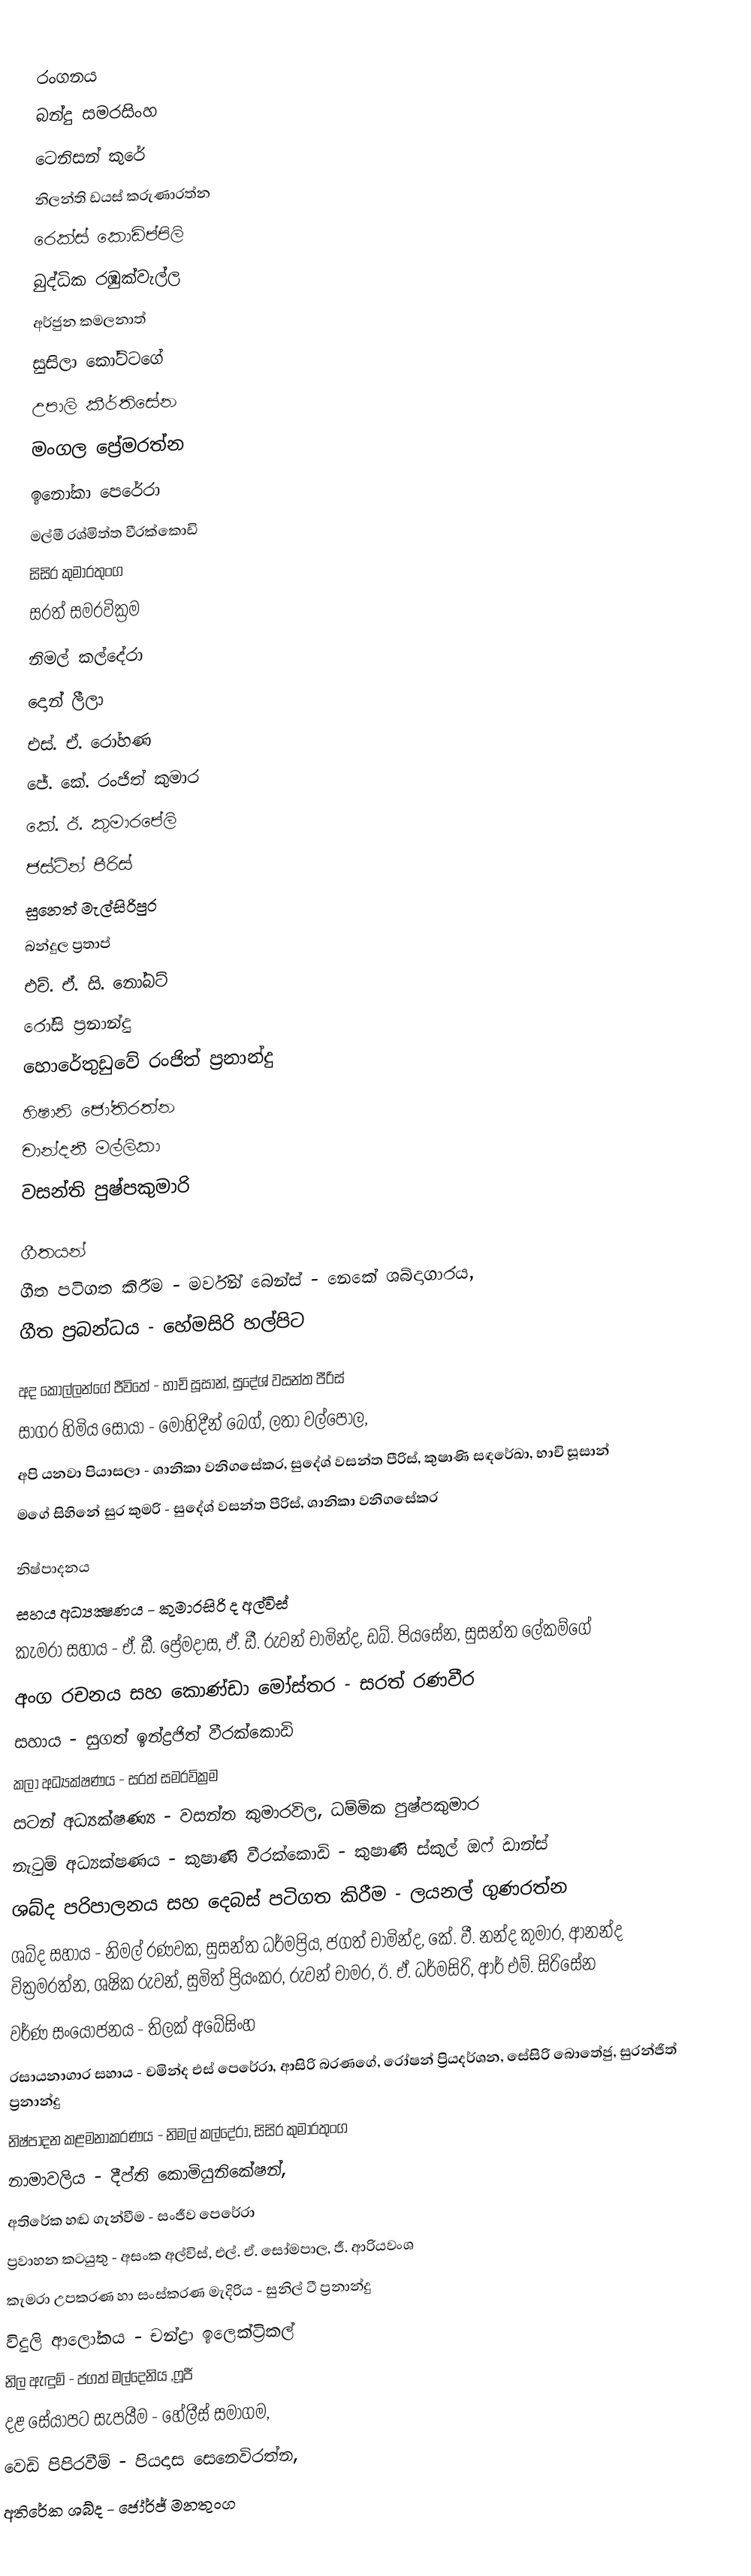

රංගනය
බන්දු සමරසිංහ
ටෙනිසන් කුරේ
නිලන්ති ඩයස් කරුණාරත්න
රෙක්ස් කොඩිප්පිලි
බුද්ධික රඹුක්වැල්ල
අර්ජුන කමලනාත්
සුසිලා කෝට්ටගේ
උපාලි කීර්තිසේන
මංගල ප්‍රේමරත්න
ඉනෝකා පෙරේරා
මල්මී රශ්මිත්ත වීරක්කොඩි
සිසිර කුමාරතුංග
සරත් සමරවික්‍රම
නිමල් කල්දේරා
දොන් ලීලා
එස්. ඒ. රෝහණ
ජේ. කේ. රංජිත් කුමාර
කේ. ඊ. කුමාරපේලි
ජස්ටින් පීරිස්
සුනෙත් මැල්සිරිපුර
බන්දුල ප්‍රතාප්
එච්. ඒ. සි. නෝබට්
රෝසි ප්‍රනාන්දු
හොරේතුඩුවේ රංජිත් ප්‍රනාන්දු
හිෂානි ජෝතිරත්න
චාන්දනී මල්ලිකා
වසන්ති පුෂ්පකුමාරි

ගීතයන්
ගීත පටිගත කිරීම - මර්වින් බෙන්ස් - නෙකේ ශබ්දාගාරය,
ගීත ප්‍රබන්ධය - හේමසිරි හල්පිට

අද කොල්ලන්ගේ ජීවිතේ - භාචි සූසාන්, සුදේශ් වසන්ත පීරිස්
සාගර හිමිය සොයා - මොහිදීන් බෙග්, ලතා වල්පොල,
අපි යනවා පියාසලා - ශානිකා වනිගසේකර, සුදේශ් වසන්ත පීරිස්, කුෂාණි සඳරේඛා, භාචි සූසාන්
මගේ සිහිනේ සුර කුමරි - සුදේශ් වසන්ත පීරිස්, ශානිකා වනිගසේකර

නිෂ්පාදනය
සහය අධ්‍යක්‍ෂණය - කුමාරසිරි ද අල්විස්
කැමරා සහාය - ඒ. ඩී. ප්‍රේමදාස, ඒ. ඩී. රුවන් චාමින්ද, ඩබ්. පියසේන, සුසන්ත ලේකම්ගේ
අංග රචනය සහ කොණ්ඩා මෝස්තර - සරත් රණවීර
සහාය - සුගත් ඉන්ද්‍රජිත් වීරක්කොඩි
කලා අධ්‍යක්ෂණය - සරත් සමරවික්‍රම
සටන් අධ්‍යක්ෂණ්‍ය - වසන්ත කුමාරවිල, ධම්මික පුෂ්පකුමාර
නැටුම් අධ්‍යක්ෂණය - කුෂාණි වීරක්කොඩි - කුෂාණි ස්කුල් ඔෆ් ඩාන්ස්
ශබ්ද පරිපාලනය සහ දෙබස් පටිගත කිරීම - ලයනල් ගුණරත්න
ශබ්ද සහාය - නිමල් රණවක, සුසන්ත ධර්මප්‍රිය, ජගත් චාමින්ද, කේ. වී. නන්ද කුමාර, ආනන්ද වික්‍රමරත්න, ශෂික රුවන්, සුමිත් ප්‍රියංකර, රුවන් චාමර, ඊ. ඒ. ධර්මසිරි, ආර් එම්. සිරිසේන
වර්ණ සංයෝජනය - තිලක් අබේසිංහ
රසායනාගාර සහාය - චමින්ද එස් පෙරේරා, ආසිරි බරණගේ, රෝෂන් ප්‍රියදර්ශන, සේසිරි බොතේජු, සුරන්ජිත් ප්‍රනාන්දු
නිෂ්පාදන කළමනාකරණය - නිමල් කල්දේරා, සිසිර කුමාරතුංග
නාමාවලිය - දීප්ති කොමියුනිකේෂන්,
අතිරේක හඬ ගැන්වීම - සංජීව පෙරේරා
ප්‍රවාහන කටයුතු - අසංක අල්විස්, එල්. ඒ. සෝමපාල, ජී. ආරියවංශ
කැමරා උපකරණ හා සංස්කරණ මැදිරිය - සුනිල් ටී ප්‍රනාන්දු
විදුලි ආලෝකය - චන්ද්‍රා ඉලෙක්ට්‍රිකල්
නිල ඇඳුම් - ජගත් මල්දෙනිය ,ෆූජී
දළ සේයාපට සැපයීම - හේලීස් සමාගම,
වෙඩි පිපිරවීම් - පියදාස සෙනෙවිරත්න,
අතිරේක ශබ්ද - ජෝර්ජ් මනතුංග